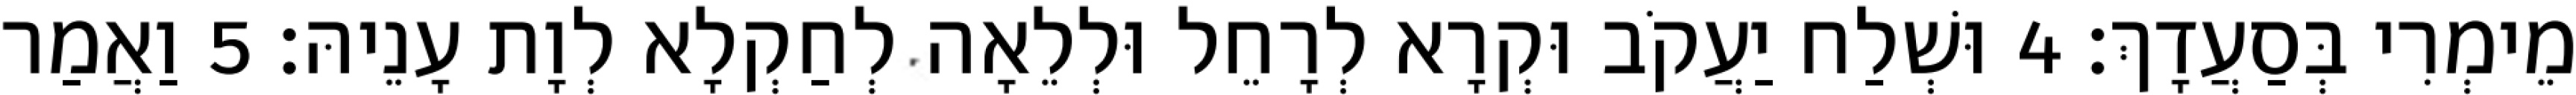
מֵימְרִי בְּסַעֲדָךְ׃ 4 וּשְׁלַח יַעֲקֹב וּקְרָא לְרָחֵל וּלְלֵאָה לְחַקְלָא לְוָת עָנֵיהּ׃ 5 וַאֲמַר